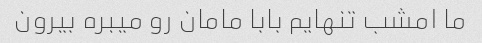
ما امشب تنهایم بابا مامان رو میبره بیرون